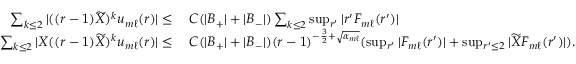
\begin{array} { r l } { \sum _ { k \leq 2 } | ( ( r - 1 ) \widetilde { X } ) ^ { k } u _ { m \ell } ( r ) | \leq } & { \: C ( | B _ { + } | + | B _ { - } | ) \sum _ { k \leq 2 } \operatorname* { s u p } _ { r ^ { \prime } } | r ^ { \prime } F _ { m \ell } ( r ^ { \prime } ) | } \\ { \sum _ { k \leq 2 } | X ( ( r - 1 ) \widetilde { X } ) ^ { k } u _ { m \ell } ( r ) | \leq } & { \: C ( | B _ { + } | + | B _ { - } | ) ( r - 1 ) ^ { - \frac { 3 } { 2 } + \sqrt { \alpha _ { m \ell } } } ( \operatorname* { s u p } _ { r ^ { \prime } } | F _ { m \ell } ( r ^ { \prime } ) | + \operatorname* { s u p } _ { r ^ { \prime } \leq 2 } | \widetilde { X } F _ { m \ell } ( r ^ { \prime } ) | ) . } \end{array}